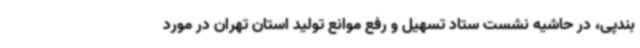
بندپی، در حاشیه نشست ستاد تسهیل و رفع موانع تولید استان تهران در مورد